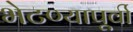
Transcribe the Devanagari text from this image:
भेटण्यापूर्वी